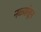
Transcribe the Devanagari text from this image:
नळ्यांतून